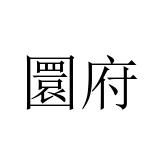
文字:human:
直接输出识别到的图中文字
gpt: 圜府